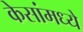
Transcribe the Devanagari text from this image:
केसांमध्ये